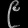
Digit: ၉